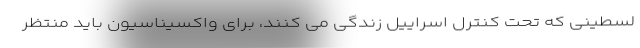
لسطینی که تحت کنترل اسراییل زندگی می کنند، برای واکسیناسیون باید منتظر